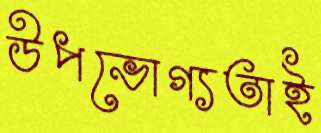
উপভোগ্যতাই